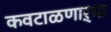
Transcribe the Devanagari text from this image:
कवटाळणाऱ्या